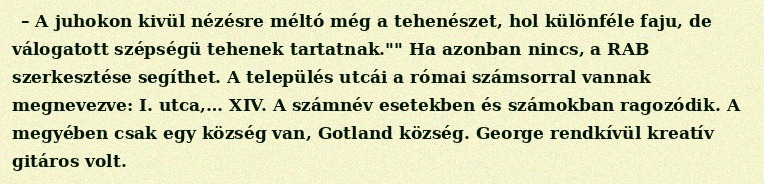
– A juhokon kivül nézésre méltó még a tehenészet, hol különféle faju, de válogatott szépségü tehenek tartatnak."" Ha azonban nincs, a RAB szerkesztése segíthet. A település utcái a római számsorral vannak megnevezve: I. utca,… XIV. A számnév esetekben és számokban ragozódik. A megyében csak egy község van, Gotland község. George rendkívül kreatív gitáros volt.